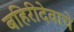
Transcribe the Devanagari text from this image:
बहिरीदेवाचे